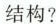
结构?